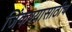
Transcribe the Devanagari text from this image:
जिंकण्यासाठीच